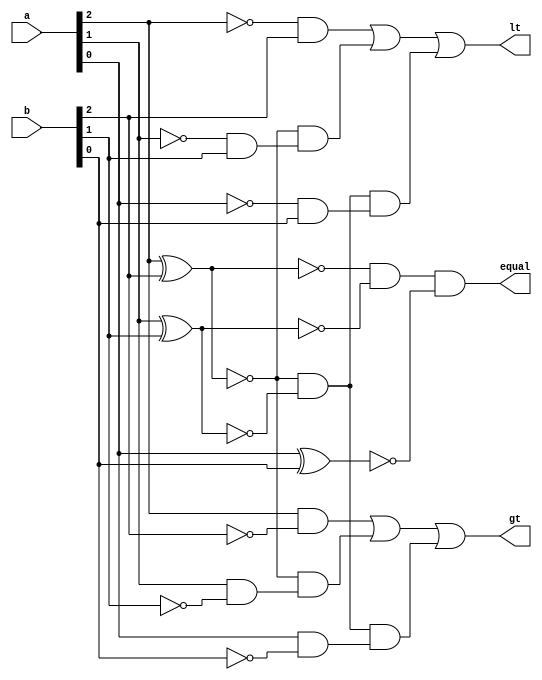
`timescale 1ns / 1ps
//////////////////////////////////////////////////////////////////////////////////
// Company: 
// Engineer: 
// 
// Design Name: 
// Module Name: comparator_3bit
// Project Name: 
// Target Devices: 
// Tool Versions: 
// Description: 
// 
// Dependencies: 
// 
// Revision:
// Revision 0.01 - File Created
// Additional Comments:
// 
//////////////////////////////////////////////////////////////////////////////////


module comparator_3bit(
    input [2:0] a,
    input [2:0] b,
    output equal,
    output gt,
    output lt
    );
    assign equal=!(a[2]^b[2]) & !(a[1]^b[1]) &!(a[0]^b[0]);
assign gt=(a[2]&~b[2]) | ~(a[2]^b[2]) & (a[1]&~b[1]) | ~(a[2]^b[2]) & ~(a[1]^b[1]) & (a[0]&~b[0]);
assign lt=(~a[2]&b[2]) | ~(a[2]^b[2]) & (~a[1]&b[1]) | ~(a[2]^b[2]) & ~(a[1]^b[1]) & (~a[0]&b[0]); 
endmodule